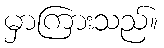
မှာကြားသည်။